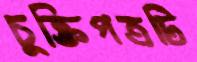
চুক্তিপত্রটি